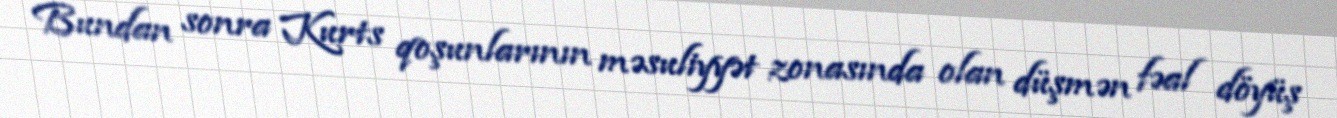
Bundan sonra Kurts qoşunlarının məsuliyyət zonasında olan düşmən fəal döyüş